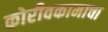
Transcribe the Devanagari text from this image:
कोरीवकामाचा